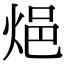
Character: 𨚊